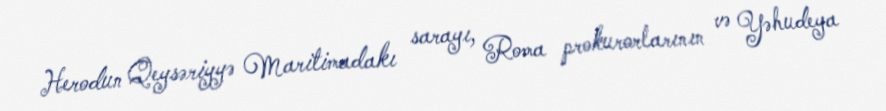
Herodun Qeysəriyyə Maritimadakı sarayı, Roma prokurorlarının və Yəhudeya